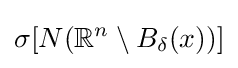
\sigma [N(\mathbb {R} ^{n}\setminus B_{\delta }(x))]